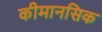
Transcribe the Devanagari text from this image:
कीमानसिक